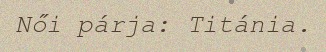
Női párja: Titánia.